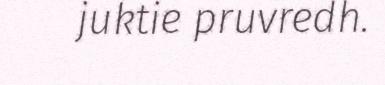
juktie pruvredh.